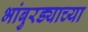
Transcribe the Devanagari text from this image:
भांबुरड्याच्‍या